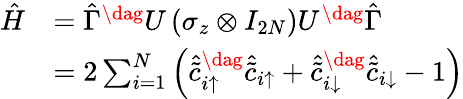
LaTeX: \begin{array}{rl}{\hat{H}}&{=\hat{\Gamma}^{\dag}U\left(\sigma_{z}\otimes I_{2N}\right)U^{\dag}\hat{\Gamma}}\\ &{=2\sum_{i=1}^{N}\left(\hat{\tilde{c}}_{i\uparrow}^{\dag}\hat{\tilde{c}}_{i\uparrow}+\hat{\tilde{c}}_{i\downarrow}^{\dag}\hat{\tilde{c}}_{i\downarrow}-1\right)}\end{array}